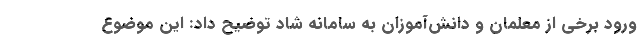
ورود برخی از معلمان و دانش‌آموزان به سامانه شاد توضیح داد: این موضوع